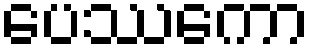
ပေဿကော